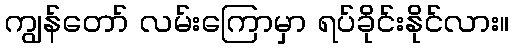
ကျွန်တော် လမ်းကြောမှာ ရပ်ခိုင်းနိုင်လား။